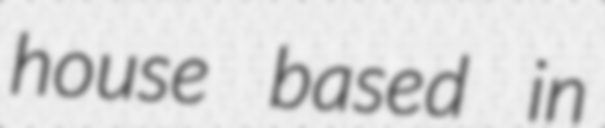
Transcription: house based in